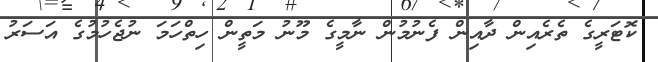
ކޮޓަރީގެ ތެރެއިން ދާއިން ފެނުމުން ނާމީގެ މޫނު މަތީން ހިތްހަމަ ނުޖެހުމުގެ އަސަރު